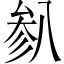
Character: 𫤯